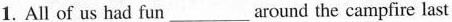
1. All of us had fun___around the campfire last